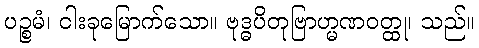
ပဉ္စမံ၊ ငါးခုမြောက်သော။ ဗုဒ္ဓပိတုဗြာဟ္မဏဝတ္ထု၊ သည်။